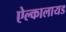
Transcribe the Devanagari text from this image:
ऐल्कालायड